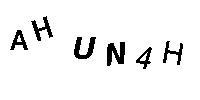
AHUN4H